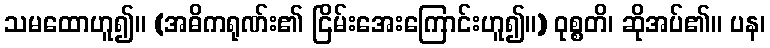
သမထောဟူ၍။ (အဓိကရုဏ်း၏ ငြိမ်းအေးကြောင်းဟူ၍။) ဝုစ္စတိ၊ ဆိုအပ်၏။ ပန၊